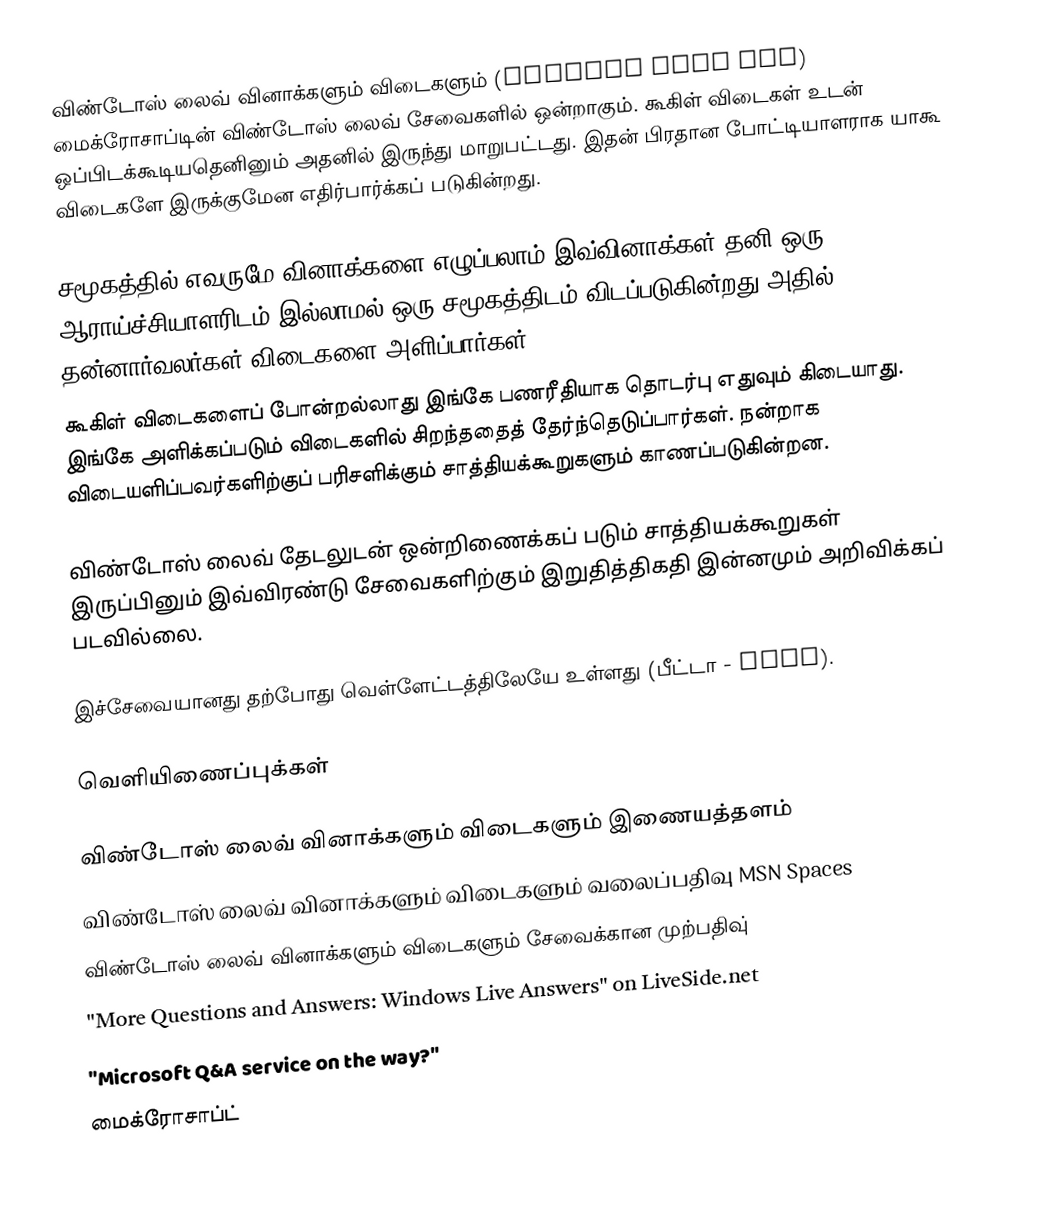
விண்டோஸ் லைவ் வினாக்களும் விடைகளும் (Windows Live QnA) மைக்ரோசாப்டின் விண்டோஸ் லைவ் சேவைகளில் ஒன்றாகும். கூகிள் விடைகள் உடன் ஒப்பிடக்கூடியதெனினும் அதனில் இருந்து மாறுபட்டது. இதன் பிரதான போட்டியாளராக யாகூ விடைகளே இருக்குமேன எதிர்பார்க்கப் படுகின்றது.

சமூகத்தில் எவருமே வினாக்களை எழுப்பலாம் இவ்வினாக்கள் தனி ஒரு ஆராய்ச்சியாளரிடம் இல்லாமல் ஒரு சமூகத்திடம் விடப்படுகின்றது அதில் தன்னார்வலர்கள் விடைகளை அளிப்பார்கள்.
கூகிள் விடைகளைப் போன்றல்லாது இங்கே பணரீதியாக தொடர்பு எதுவும் கிடையாது. இங்கே அளிக்கப்படும் விடைகளில் சிறந்ததைத் தேர்ந்தெடுப்பார்கள். நன்றாக விடையளிப்பவர்களிற்குப் பரிசளிக்கும் சாத்தியக்கூறுகளும் காணப்படுகின்றன.

விண்டோஸ் லைவ் தேடலுடன் ஒன்றிணைக்கப் படும் சாத்தியக்கூறுகள் இருப்பினும் இவ்விரண்டு சேவைகளிற்கும் இறுதித்திகதி இன்னமும் அறிவிக்கப் படவில்லை.

இச்சேவையானது தற்போது வெள்ளேட்டத்திலேயே உள்ளது (பீட்டா - beta).

வெளியிணைப்புக்கள்

  விண்டோஸ் லைவ் வினாக்களும் விடைகளும் இணையத்தளம்
 விண்டோஸ் லைவ் வினாக்களும் விடைகளும் வலைப்பதிவு MSN Spaces
 விண்டோஸ் லைவ் வினாக்களும் விடைகளும் சேவைக்கான முற்பதிவு்
 "More Questions and Answers: Windows Live Answers" on LiveSide.net
 "Microsoft Q&A service on the way?"
மைக்ரோசாப்ட்